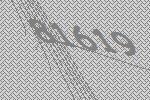
81619